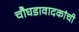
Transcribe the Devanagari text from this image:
चौघडावादकांची